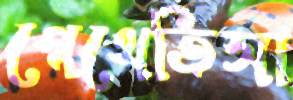
গেথেতিসা